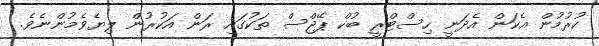
ކުރުމުން އެކަން އެދަނީ ހިސްޓްރީ ބުކް ޕޭޖްސް ތަކުގައި ރަން އަކުރުން ލިޔެވެމުންނެވެ.